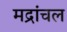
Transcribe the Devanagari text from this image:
मद्रांचल